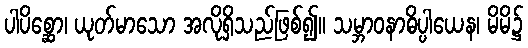
ပါပိစ္ဆော၊ ယုတ်မာသော အလိုရှိသည်ဖြစ်၍။ သမ္ဘာဝနာဓိပ္ပါယေန၊ မိမိ၌